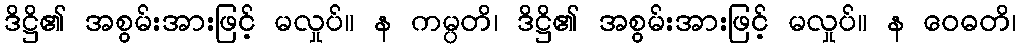
ဒိဋ္ဌိ၏ အစွမ်းအားဖြင့် မလှုပ်။ န ကမ္ပတိ၊ ဒိဋ္ဌိ၏ အစွမ်းအားဖြင့် မလှုပ်။ န ဝေဓတိ၊